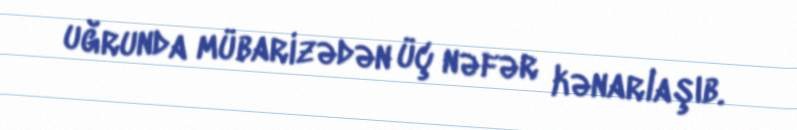
uğrunda mübarizədən üç nəfər kənarlaşıb.